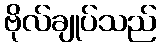
ဗိုလ်ချုပ်သည်